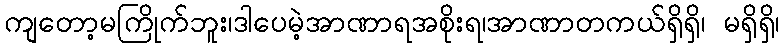
ကျတော့မကြိုက်ဘူး၊ဒါပေမဲ့အာဏာရအစိုးရ၊အာဏာတကယ်ရှိရှိ၊ မရှိရှိ၊